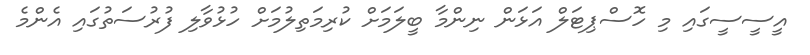
އީސީސީގައި މި ހޮސްޕިޓަލް އަޅަން ނިންމާ ބީލަމަށް ކުރިމަތިލުމަށް ހުޅުވާލި ފުރުސަތުގައި އެންމެ